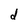
Character: d